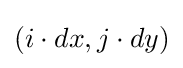
(i\cdot dx,j\cdot dy)